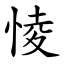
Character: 㥄